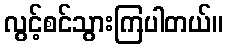
လွင့်စင်သွားကြပါတယ်။